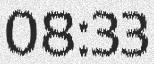
08:33